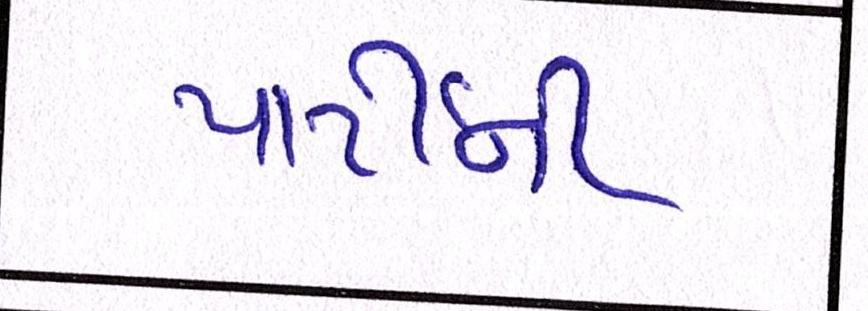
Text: પાર્ટીની